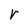
Character: r